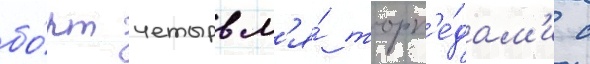
бо́рт четырьм'я́ торп'е́дам'и с